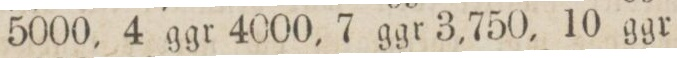
5000, 4 ggr 4000, 7 ggr 3,750, 10 ggr